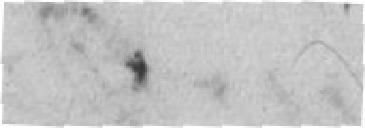
.